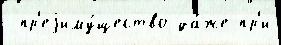
 пр'еjиму́щество да́же пр'и